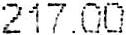
217.00